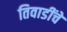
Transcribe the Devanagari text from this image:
तिवाडींचे